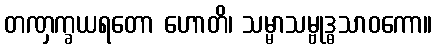
တဏှက္ခယရတော ဟောတိ၊ သမ္မာသမ္ဗုဒ္ဓသာဝကော။